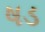
ષડ